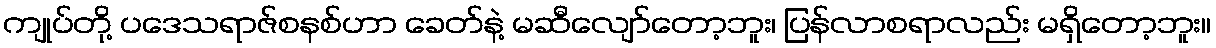
ကျုပ်တို့ ပဒေသရာဇ်စနစ်ဟာ ခေတ်နဲ့ မဆီလျော်တော့ဘူး၊ ပြန်လာစရာလည်း မရှိတော့ဘူး။